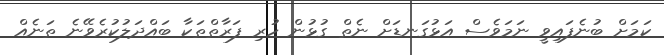
ކަމަށް ބުނެފައިވީ ނަމަވެސް އަޅުގަނޑަށް ނެތް ގުޅުން ހުރި ފަރާތްތަކާ ބައްދަލުކުރެވޭނެ ތަނެއް